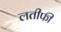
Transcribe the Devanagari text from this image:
लतीफी